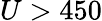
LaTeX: U>450